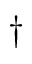
\dagger